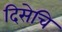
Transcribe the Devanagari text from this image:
दिसेचि